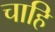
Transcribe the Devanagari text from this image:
चाहि